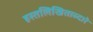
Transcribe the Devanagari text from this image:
हस्तलिखिताव्दारे